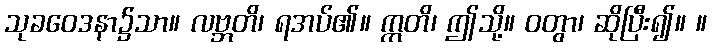
သုခဝေဒနာ၌သာ။ လဗ္ဘတိ၊ ရအပ်၏။ ဣတိ၊ ဤသို့။ ဝတွာ၊ ဆိုပြီး၍။ ။